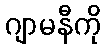
ဂျာမနီကို